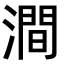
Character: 澗